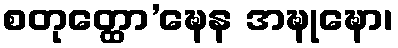
စတုတ္ထော’ဍ္ဎေန အဍ္ဎုဍ္ဎော၊